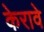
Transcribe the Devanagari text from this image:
केरावे